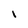
Character: I